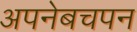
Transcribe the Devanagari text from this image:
अपनेबचपन